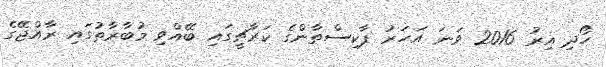
ހޯދި އިރު 2016 ވަނަ އަހަރު ޕާކިސްތާންގެ ކަރާޗީގައި ބޭއްވި މުބާރާތުގައި ރާއްޖޭގެ